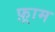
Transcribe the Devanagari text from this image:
फ़्राम